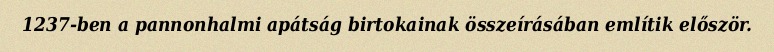
1237-ben a pannonhalmi apátság birtokainak összeírásában említik először.